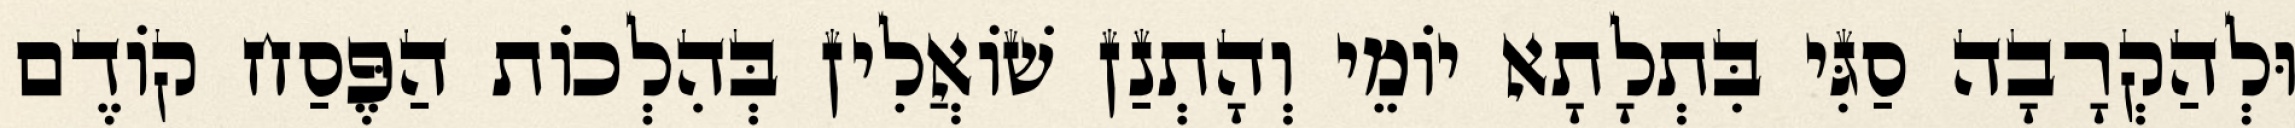
וּלְהַקְרָבָה סַגִּי בִּתְלָתָא יוֹמֵי וְהָתְנַן שׁוֹאֲלִין בְּהִלְכוֹת הַפֶּסַח קוֹדֶם